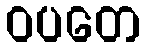
ဝပတေ